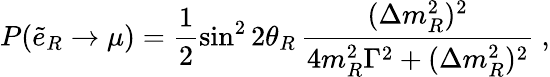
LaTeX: P(\tilde{e}_{R}\to\mu)=\frac{1}{2}\sin^{2}2\theta_{R}\, \frac{(\Delta m_{R}^{2})^{2}}{4m_{R}^{2}\Gamma^{2}+(\Delta m_{R}^{2})^{2}}\ ,